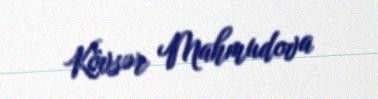
Kövsər Mahmudova